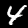
Label: 4